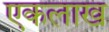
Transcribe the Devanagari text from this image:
एकलाख